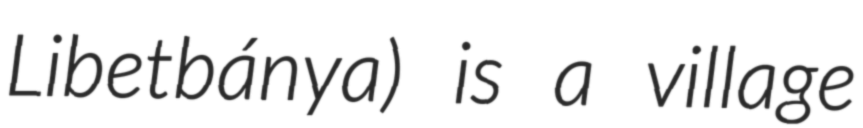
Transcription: Libetbánya) is a village